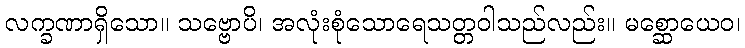
လက္ခဏာရှိသော။ သဗ္ဗောပိ၊ အလုံးစုံသောရေသတ္တဝါသည်လည်း။ မစ္ဆောယေဝ၊